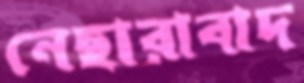
নেছারাবাদ